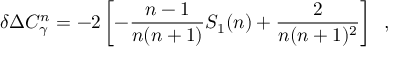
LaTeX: \delta \Delta C _ { \gamma } ^ { n } = - 2 \left[ - \frac { n - 1 } { n ( n + 1 ) } S _ { 1 } ( n ) + \frac { 2 } { n ( n + 1 ) ^ { 2 } } \right] \; \; ,